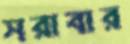
সরাবার